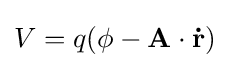
V=q(\phi -\mathbf {A} \cdot \mathbf {\dot {r}} )